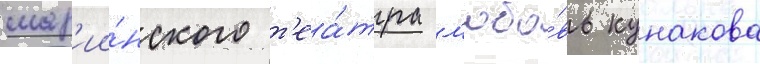
мар'ии́нского т'еа́тра л'юбо́вь кунакова